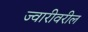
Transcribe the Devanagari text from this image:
ज्वारीवरील